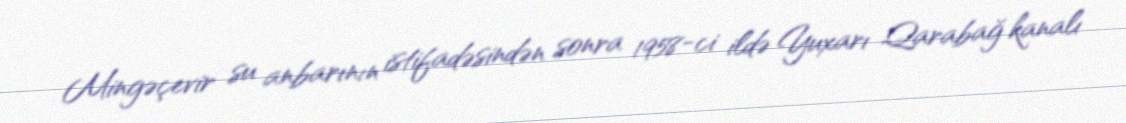
Mingəçevir su anbarının istifadəsindən sonra 1958-ci ildə Yuxarı Qarabağ kanalı